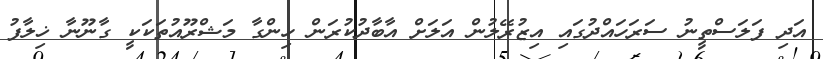
އަދި ފަލަސްތީނު ސަރަހައްދުގައި އިޒުރޭލުން އަލަށް އާބާދުކުރަން ހިންގާ މަޝްރޫއުތަކަކީ ގާނޫނާ ޚިލާފު